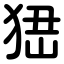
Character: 峱